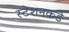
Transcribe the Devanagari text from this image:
स्टेशनकडे